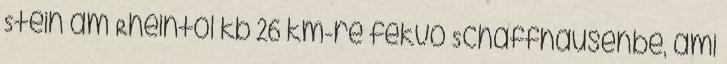
Stein am Rheintól kb 26 km-re fekvő Schaffhausenbe, ami